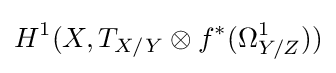
H^{1}(X,T_{X/Y}\otimes f^{*}(\Omega _{Y/Z}^{1}))